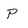
Character: P